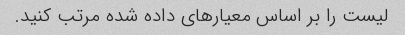
لیست را بر اساس معیارهای داده شده مرتب کنید.